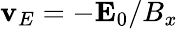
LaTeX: {\mathbf v}_{E}=-{\mathbf E}_{0}/B_{x}